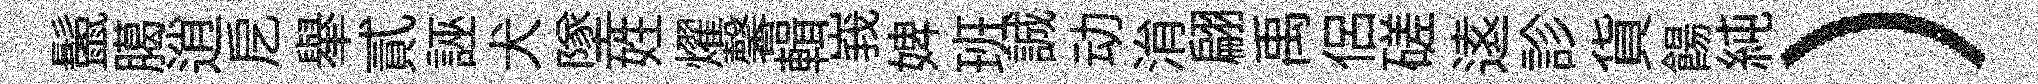
鬛臈逍戹𦦙貳誣犬墜姓燿馨輯峩婢班誠动㳙翩禹侶磋逺診貨餳純）